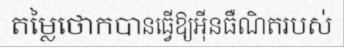
តម្លៃថោកបានធ្វើឱ្យអ៊ីនធឺណិតរបស់